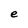
Character: e